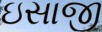
ઇસાજી